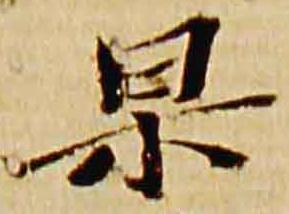
杲